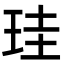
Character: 珪